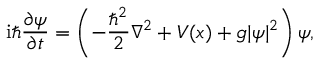
\mathrm { i } \hbar \frac { \partial \psi } { \partial t } = \left( - \frac { \hbar ^ { 2 } } { 2 } \nabla ^ { 2 } + V ( \boldsymbol { x } ) + g | \psi | ^ { 2 } \right) \psi ,